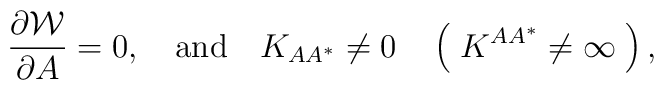
{\partial {\cal W} \over \partial A} = 0, \quad  {\rm and} \quad K_{A A^*} \not= 0 \quad \left( \; K^{A A^*} \not= \infty \; \right) ,